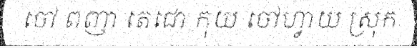
ចៅ ពញា តេជោ កុយ ចៅហ្វាយ ស្រុក